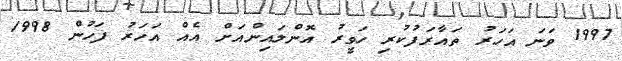
1997 ވަނަ އަހަރު ތައާރަފުކުރި ހަވީރު އޮންލައިންއަށް އެއް އަހަރު ފަހުން 1998